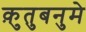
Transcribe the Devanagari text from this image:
क़ुतुबनुमे